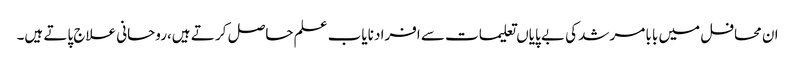
ان محافل میں بابا مرشد کی بے پایاں تعلیمات سے افراد نایاب علم حاصل کر تے ہیں،روحانی علاج پاتے ہیں۔